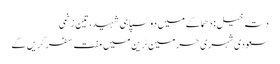
دتہ خیل: دھماکے میں دو سپاہی شہید، تین زخمی
سعودی شہری حرمین ٹرین میں مفت سفر کریں گے